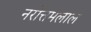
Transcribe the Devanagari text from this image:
नरोत्तमलाल